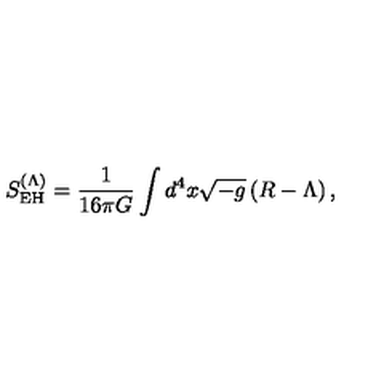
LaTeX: S _ { \mathrm { E H } } ^ { ( \Lambda ) } = \frac { 1 } { 1 6 \pi G } \int d ^ { 4 } x \sqrt { - g } \left( R - \Lambda \right) ,